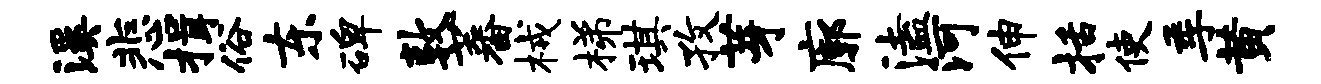
溪悲揖俗东碑敦蕃械梯琪孜芽廓溘河伸括使季黄